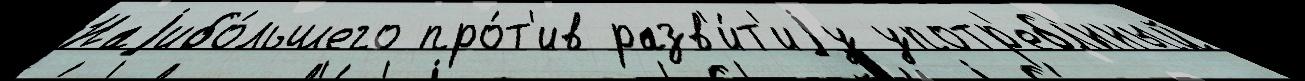
Наjибо́льшего про́т'ив разв'и́т'иjу употр'ебл'́нный